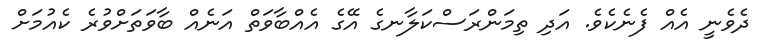
ދެވެނީ އެއް ފެނެކެވެ. އަދި ތިމަންރަސްކަލާނގެ އޭގެ އެއްބާވަތް އަނެއް ބާވަތަށްވުރެ ކެއުމަށް